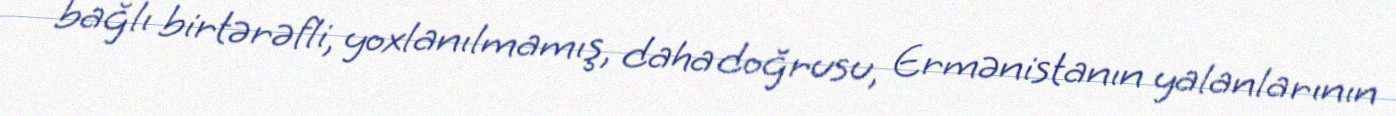
bağlı birtərəfli, yoxlanılmamış, daha doğrusu, Ermənistanın yalanlarının